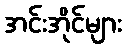
အင်းအိုင်များ